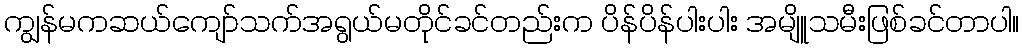
ကျွန်မကဆယ်ကျော်သက်အရွယ်မတိုင်ခင်တည်းက ပိန်ပိန်ပါးပါး အမျိူသမီးဖြစ်ခင်တာပါ။